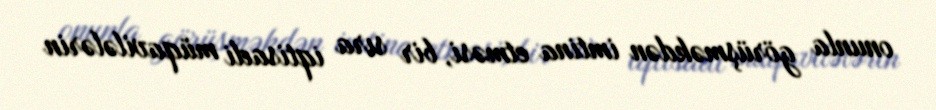
onunla görüşməkdən imtina etməsi, bir sıra iqtisadi müqavilələrin